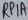
Text: RP1A